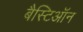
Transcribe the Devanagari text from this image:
बैस्टिऑन